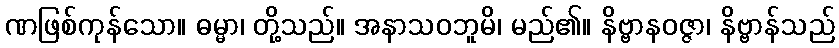
ဏဖြစ်ကုန်သော။ ဓမ္မာ၊ တို့သည်။ အနာသဝဘူမိ၊ မည်၏။ နိဗ္ဗာနဝဇ္ဇာ၊ နိဗ္ဗာန်သည်